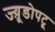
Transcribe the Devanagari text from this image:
ज्य़ूडोपटू